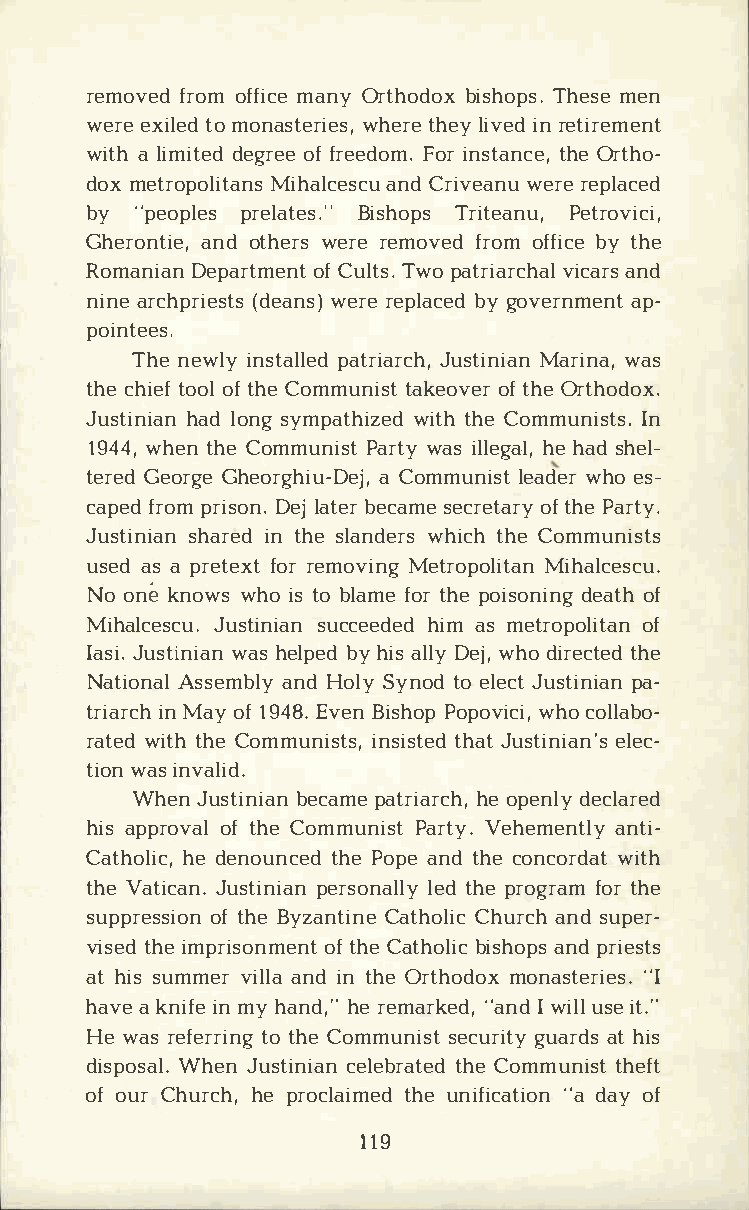
removferdoo mf fmiacneOy r thobdiosxh Tohpesms.ee n
 wereex itloem do nastwehreitrehese l,yi vienrd e tirement
 witahl imidteegdro effe r eedFooimrn. s tatnhOcere t,h o­
 domxe tropoMliihtaalncasen Csdrc iuv ewaenrruee placed
 by "peopplreesl atBeiss.h"oT prsi tePaentur,o vici,
 Gheronatnidoe t,h ewresrr ee movferdoo mf fbiyct eh e
 RomanDieapna rtomfCe unltt sp.a tTrwiova irccaahnradsl
 ninaer chpr(ideesawtnessrr )ee plbaycg eodv ernampe­nt
 pointees.
 Thnee wilnys tpaaltlreidJa urscthiM,na irainwn aas,
 thceh iteofoo flt hCeo mmuntiaskte oovfte hOrer thodox.
 Justihnaildao nns gy mpatwhiitztheh Cdeo mmunIins ts.
 194w4h,e tnh Ceo mmunPiasrwtta yis l lehgeha alsd,h el­
 terGeedo rGghee orghaiC uo-mDmeujnl,ie satwd heore s­
 capferdop mr isDoelnja. t beerc asmeec reotfta hPreay r ty.
 Justisnhiaarinen td h sel andwheircsth hC eo mmunists
 useadsa p retfeoxrrte movMientgr opMoilhiatlacne scu.
 Noo nek nowwsh oi st ob lafmoetr h peo isodneianotgfh
 Mihalcescu.       Jushtiiman sim aent rospuoocflc ieteadne d
 IasJiu.s tiwnaihsae nl pbeyhd ia sl Dleywj h,o d iretchtee d
 NatiAosnsaelm abnlHdyo lSyy notdoe leJcuts tipnai­an
 triairnMc ahyo f1 94E8v.eB ni shop Pwohpoco ovlilcaib,o ­
 ratweidtt hhC eo mmuniinsstists,ht aJetud s tienlieacn­'s
 tiwoanis n valid.
 WheJnu stibneicaapnma et rihaeor pcehnd,le yc lared
 hiasp proovfta hlCe o mmunPiasrttV ye.h emeannttliy­
 Cathohledi ecn,o untchPeeod p aen tdh ceo ncowridtaht
 thVea tiJcuasnt.i pneirasno lneatdlh lpeyr ogfroatrmh e
 suppreosfts hiBeoy nz anCtaitnheCo hluircac nhsd u per­
 vistehdie m prisoonftm hCeean tth boilsihcao nppdsr iests
 ath issu mmveirl alnaid n t hOer thomdoonxa st"eIr ies.
 havaek niifnme y h andh,er" e mar"kaenIdwd ,i ulslie t ."
 Hew arse fertroti hCneog m munsiesctu gruiatraydt hs i s
 dispoWshaelJn.u sticneilaenb trhaCeto emdm untihsetf t
 ofo uCrh urhcehp ,r oclatihumene idf ic"aadt aiyoo fn
 119